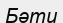
Бәти